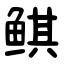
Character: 鲯